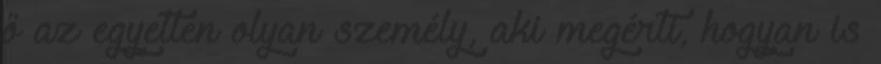
ő az egyetlen olyan személy, aki megérti, hogyan is